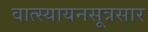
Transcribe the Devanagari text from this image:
वात्स्यायनसूत्रसार